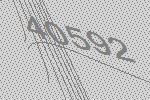
40592